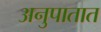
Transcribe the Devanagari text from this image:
अनुपातात